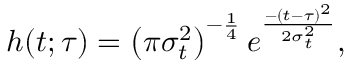
h ( t ; \tau ) = \left( \pi \sigma _ { t } ^ { 2 } \right) ^ { - \frac { 1 } { 4 } } e ^ { \frac { - ( t - \tau ) ^ { 2 } } { 2 \sigma _ { t } ^ { 2 } } } ,